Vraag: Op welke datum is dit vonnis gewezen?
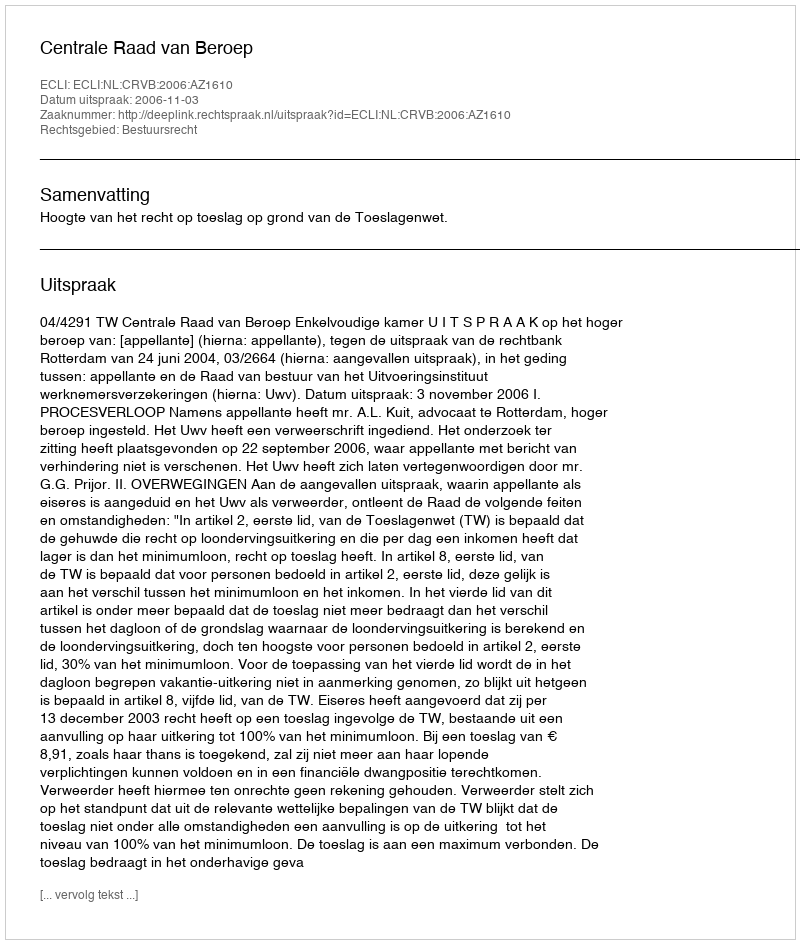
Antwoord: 2006-11-03